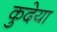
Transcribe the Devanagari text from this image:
कुदेया